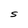
Character: S